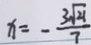
x = - \frac { 3 \sqrt { 2 1 } } { 7 }